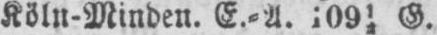
G.